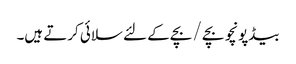
بیڈپونچو بچے / بچے کے لئے سلائی کرتے ہیں۔